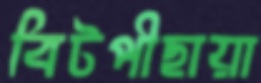
বিটপীছায়া